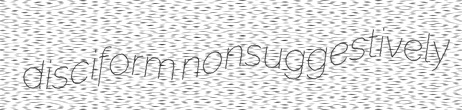
disciform nonsuggestively